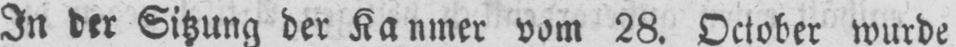
vom 28. October wurde